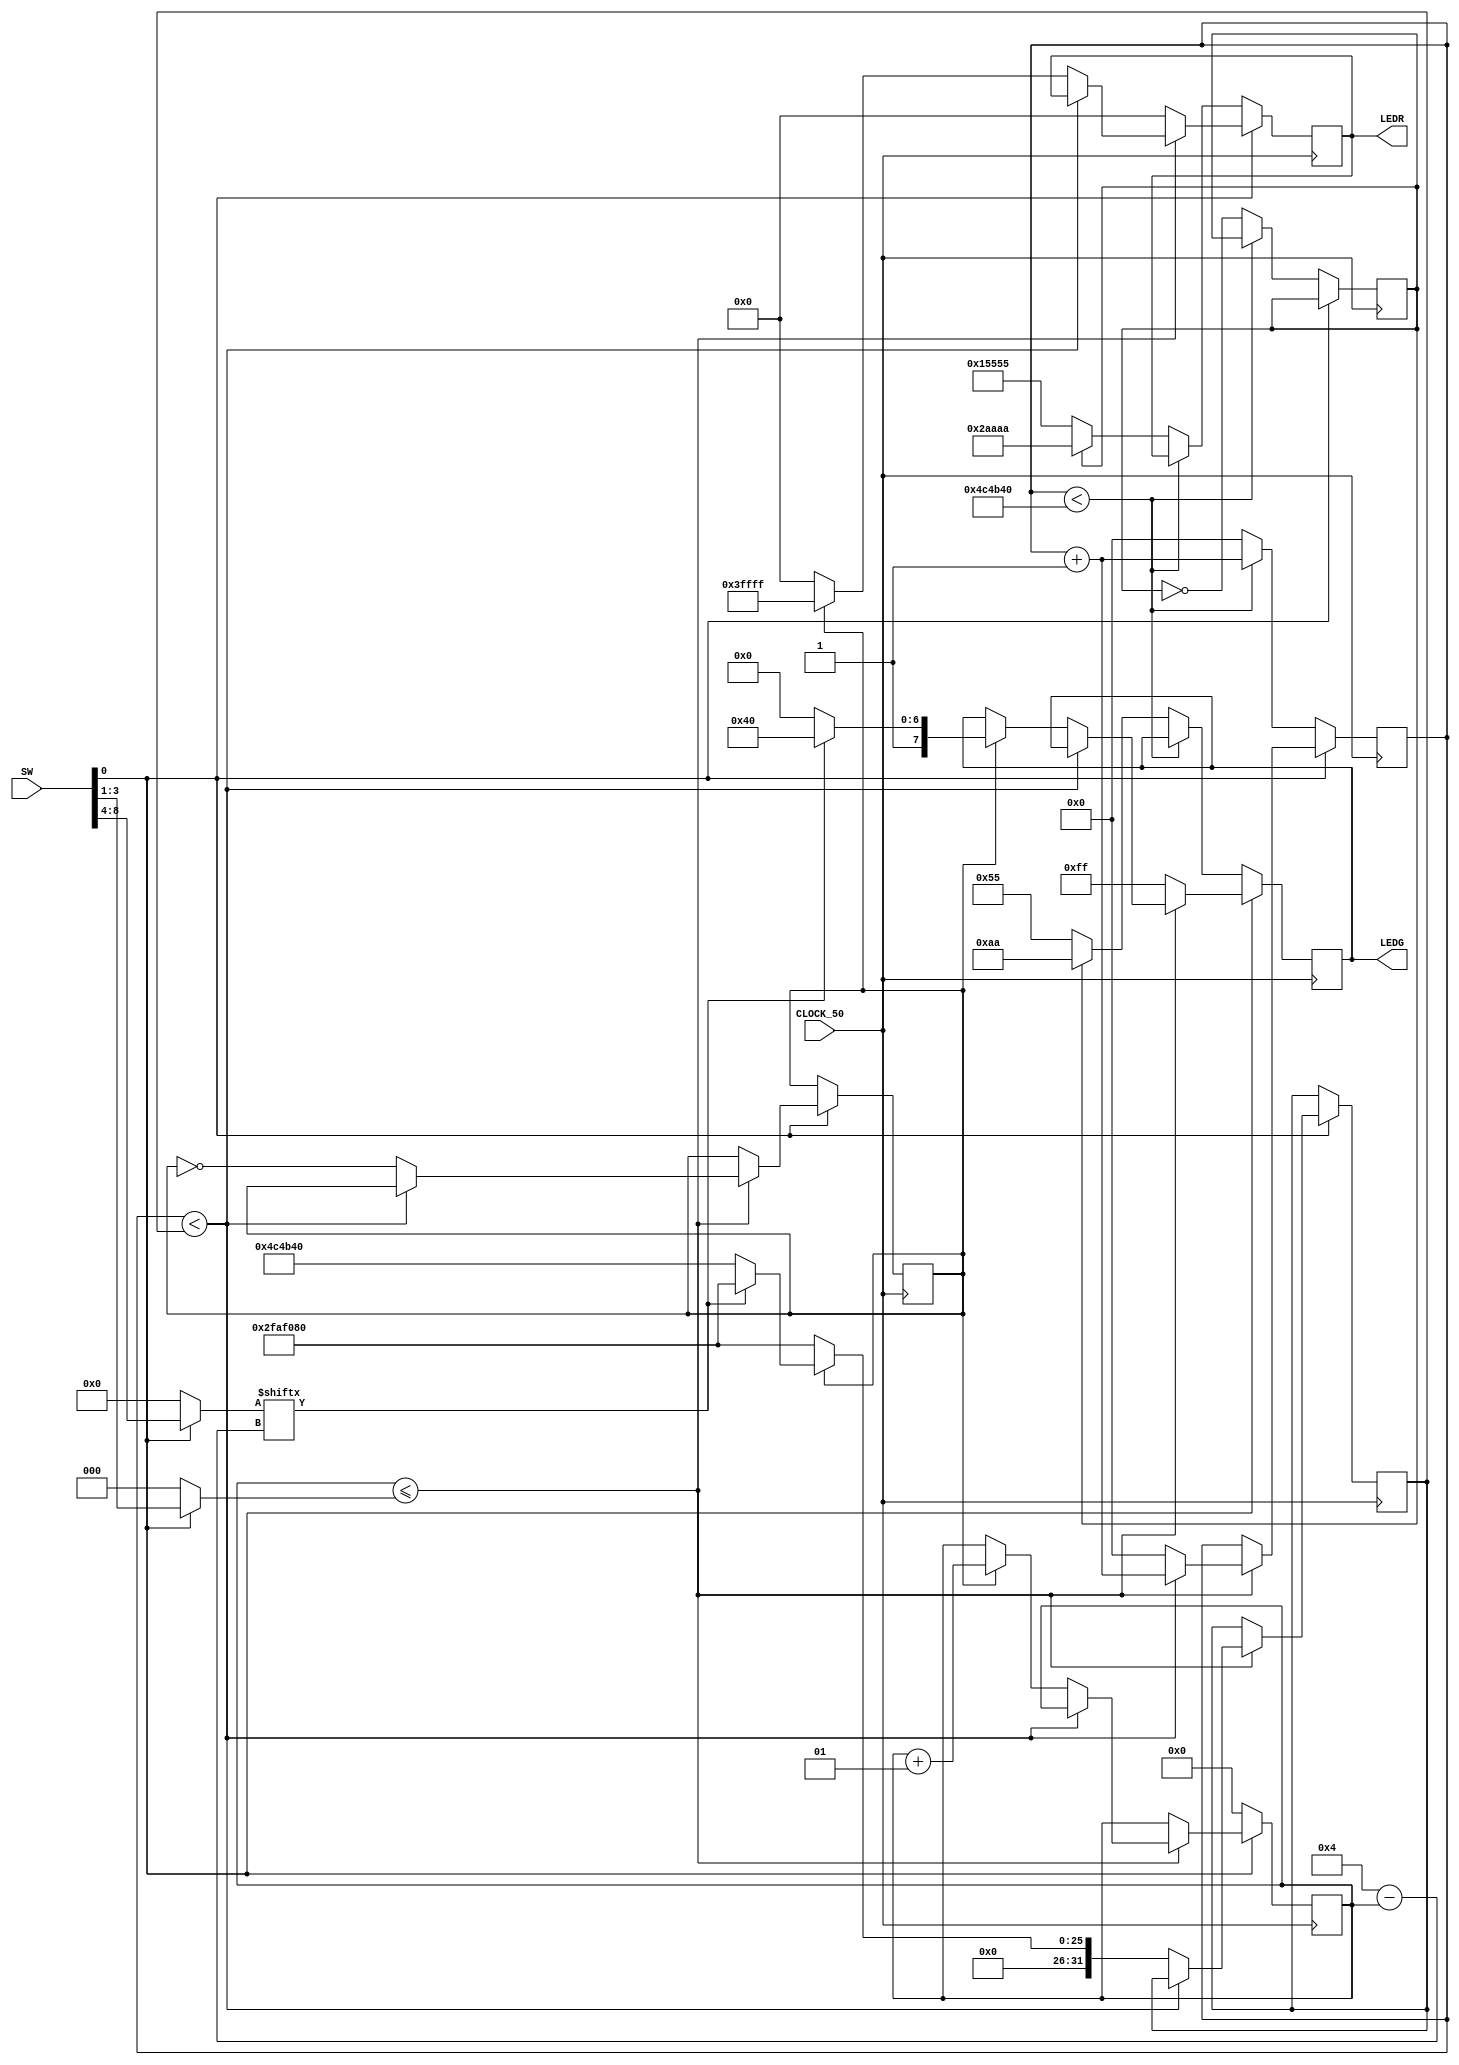
// Lucas Costa, quarta 13 julho de 2016 21:00:00
// o esquema de switches da placa em questo  assim
// sw8	sw7	sw6	sw5	sw4	sw3	sw2	sw1	sw0
// |	| 	| 	| 	| 	| 	| 	| 	...	 |	... 

// os 5 primeiros switches [0:4] so para configurarmos qual letra/numero ser mostrado, o valor  lido da esquerda para a direita sw0 -> sw4
// os 3 subsequentes so para indicar o tamanho do cdigo morse pois ele varia entre 1 e 5, [sw5 - sw7] com o mais significativo em sw5
// ex: E -> .					A -> . _			K -> _ . _
// ex: 0 -> _ _ _ _ _		9-> _ _ _ _ .	H -> . . . .
// a chave SW[8]  o boto que liga e desliga o programa
// quando ligada mostra o cdigo previamente configurado nos switches
// quando desligada mostra fica piscando de 1/2 em 1/2 segundo 

module morse(SW, CLOCK_50, LEDR, LEDG);
	input [0:8] SW; // os 5(cdigo) 3(tamanho cd)
	input CLOCK_50; // clock 50 mhz
	output reg [0:17] LEDR;	// leds
	output reg [0:7] LEDG;	// leds

	parameter meioSeg = 5000000;
	parameter umSeg = 25000000;
	parameter umSegEMeio = 50000000;
	
	parameter [0:17] ligarLeds = 18'b111111111111111111;
	parameter [0:17] desligarLeds = 18'b000000000000000000;
	parameter [0:17] fimExecucao = 18'b110011001101101100;
	parameter [0:17] standby1 = 18'b101010101010101010;
	parameter [0:17] standby2 = 18'b010101010101010101;
	parameter [0:7] sucesso = 8'b11111111;
	parameter [0:7] standbyg1 = 8'b10101010;
	parameter [0:7] standbyg2 = 8'b01010101;
	parameter indexInicial = 3'b000;
	
	reg [0:25] contadorSegundos; // cotador de segundos
	reg [0:4] morse; // codigo morse
	reg [0:2] tamanho; // tamanho codigo morse
	
	reg standby = 0; // controle standby
	reg sinal = 0; // controle do led, valor do led 1 | 0
	integer indexAtual = indexInicial;
	integer delay = meioSeg;
	
	
	// inicializa as variaveis	
	always @(SW[8])
	begin
		if (SW[8] == 1'b1) begin
			morse <= SW[0:4];
			tamanho <= SW[5:7];
		end else begin
			morse <= 5'b00000;
			tamanho <= 3'b000;
		end
	end

	// clock
	always @(posedge CLOCK_50)
	begin
		if (SW[8] == 1'b1) begin // caso esteja ligado
						
			if (indexAtual <= tamanho) begin
				
				if (contadorSegundos < delay) begin
					contadorSegundos <= contadorSegundos + 1;		
				end else begin
				
					if (sinal == 1) begin
						
						// cada vez que tenho que mostrar um bit
						
						// dot
						if (morse[indexAtual] == 0) begin
							delay <= meioSeg;
							LEDG[0:7] = 8'b10000000;
						// dash		
						end else if (morse[indexAtual] == 1) begin
							delay <= umSegEMeio;
							LEDG[0:7] = 8'b11000000;
						end
						
						// LEDG[0] <= morse[indexAtual];
						indexAtual = indexAtual + 1;
						
						LEDR <= ligarLeds;
						contadorSegundos <= 0;
						sinal <= ~sinal;
					
					end else begin
						delay = 50000000;
						LEDR <= desligarLeds;
						contadorSegundos <= 0;
						sinal <= ~sinal;				
					
					end			
				end
				
			end else begin 
				
				LEDR <= desligarLeds;
				LEDG <= sucesso;
				
			end
		
		end else begin // caso no esteja ligado, fica em standby
			indexAtual <= 3'b000;
			if (contadorSegundos < meioSeg) begin
				contadorSegundos <= contadorSegundos + 1;		
			end else begin
				if (standby == 1) begin
					LEDR <= standby1;
					LEDG <=standbyg1;
					contadorSegundos <= 0;
					standby <= ~standby;
				end else begin
					LEDR <= standby2;
					LEDG <=standbyg2;
					contadorSegundos <= 0;
					standby <= ~standby;				
				end			
			end
		end
	end
	
endmodule